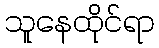
သူနေထိုင်ရာ